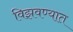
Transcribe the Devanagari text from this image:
विझवण्यात